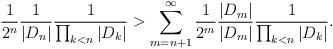
LaTeX: \begin{align*}\frac{1}{2^{n}}\frac{1}{|D_{n}|}\frac{1}{\prod_{k<n}|D_{k}|}>\sum_{m=n+1}^{\infty}\frac{1}{2^{m}}\frac{|D_{m}|}{|D_{m}|}\frac{1}{\prod_{k<n}|D_{k}|}.\end{align*}